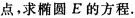
点，求椭圆E的方程.